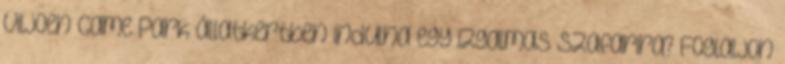
Viljoen Game Park állatkertben indulna egy izgalmas szafarira? Foglaljon